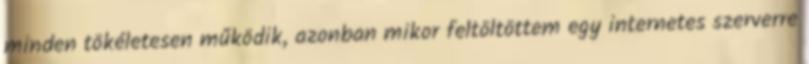
minden tökéletesen működik, azonban mikor feltöltöttem egy internetes szerverre